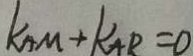
k _ { A M } + k _ { A R } = 0